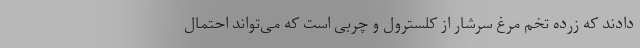
دادند که زرده تخم مرغ سرشار از کلسترول و چربی است که می‌تواند احتمال